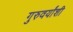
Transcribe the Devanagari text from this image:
गुरुवर्यांशी